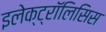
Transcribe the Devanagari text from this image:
इलेक्ट्रॉलिसिस